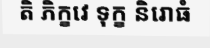
តិ ភិក្ខវេ ទុក្ខ និរោធំ